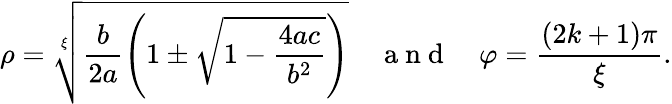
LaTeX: \rho=\sqrt[\xi]{\frac{b}{2a}\left(1\pm\sqrt{1-\frac{4ac}{b^{2}}}\right)}\quad\mathrm{~a~n~d~}\quad\varphi=\frac{\left(2k+1\right)\pi}{\xi}.